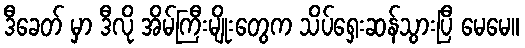
ဒီခေတ် မှာ ဒီလို အိမ်ကြီးမျိုးတွေက သိပ်ရှေးဆန်သွားပြီ မေမေ။